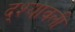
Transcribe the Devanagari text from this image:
द्श्यावली